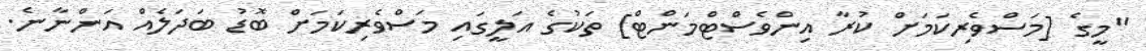
"މީގެ [މަސްވެރިކަމަށް ކުރާ އިންވެސްޓްމަންޓް] ތަކުގެ އަލީގައި މަސްވެރިކަމަށް ބޮޑު ބަދަލެއް އަންނާނެ.